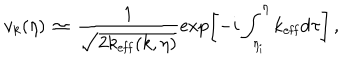
v _ { k } ( \eta ) \, \simeq \, \frac { 1 } { \sqrt { 2 k _ { \mathrm { e f f } } ( k , \eta ) } } \exp \biggl [ - i \int _ { \eta _ { \mathrm { i } } } ^ { \eta } k _ { \mathrm { e f f } } \mathrm { d } \tau \biggr ] \, ,